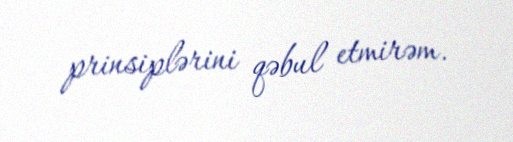
prinsiplərini qəbul etmirəm.